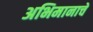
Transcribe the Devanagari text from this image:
अभिमानाचें